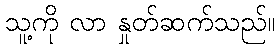
သူ့ကို လာ နှုတ်ဆက်သည်။